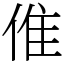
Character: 倠